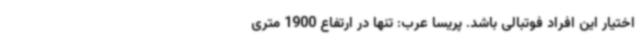
اختیار این افراد فوتبالی باشد. پریسا عرب: تنها در ارتفاع 1900 متری